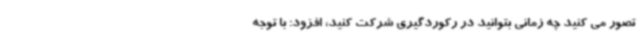
تصور می کنید چه زمانی بتوانید در رکوردگیری شرکت کنید، افزود: با توجه